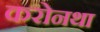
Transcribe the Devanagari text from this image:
करोनथा